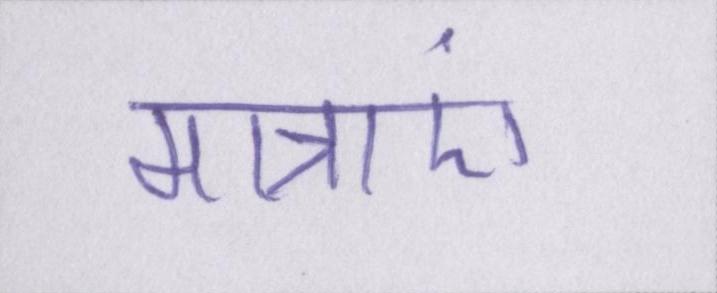
मात्राएं